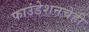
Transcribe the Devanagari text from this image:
फाउंडेशनचेही